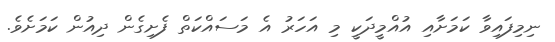
ނިމިފައިވާ ކަމަށާއި އުއްމީދަކީ މި އަހަރު އެ މަސައްކަތް ފެށިގެން ދިއުން ކަމަށެވެ.